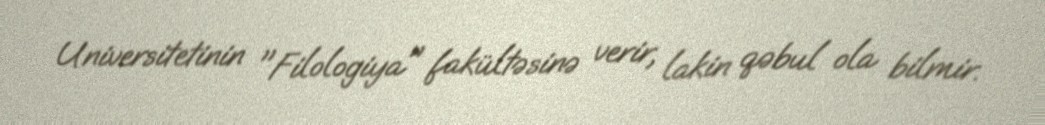
Universitetinin "Filologiya" fakültəsinə verir, lakin qəbul ola bilmir.